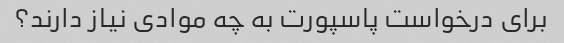
برای درخواست پاسپورت به چه موادی نیاز دارند؟